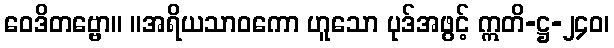
ဝေဒိတဗ္ဗော။ ။အရိယသာဝကော ဟူသော ပုဒ်အဖွင့် ဣတိ-ဋ္ဌ-၂၄၀၊